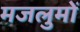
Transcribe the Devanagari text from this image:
मजलुमों